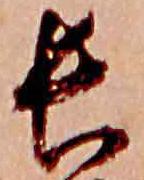
長